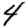
Digit: 4